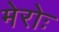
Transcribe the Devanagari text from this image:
मेरोः